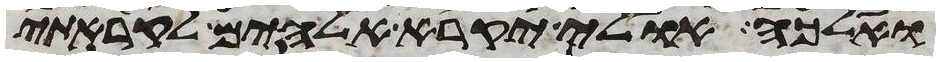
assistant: ואלכה אולי יקרא אלהים לקראתי